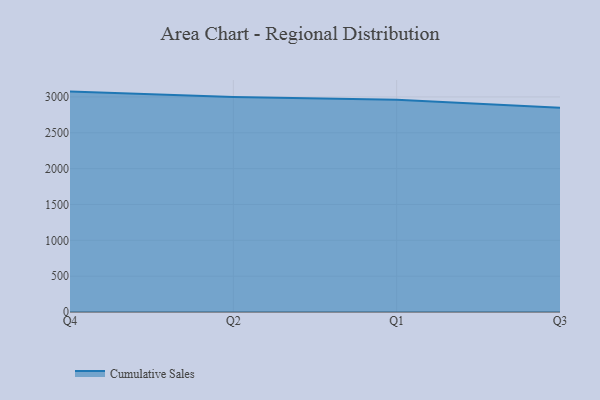
{"axis": {"x": "Quarter", "y": "Operating Costs (USD K)"}, "legend": ["Cumulative Sales"], "data": [{"x": "Q4", "y": 3074.5, "type": "Cumulative Sales"}, {"x": "Q2", "y": 2998.0, "type": "Cumulative Sales"}, {"x": "Q1", "y": 2962.3, "type": "Cumulative Sales"}, {"x": "Q3", "y": 2848.8, "type": "Cumulative Sales"}]}